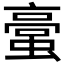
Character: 𮔯